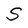
Character: S